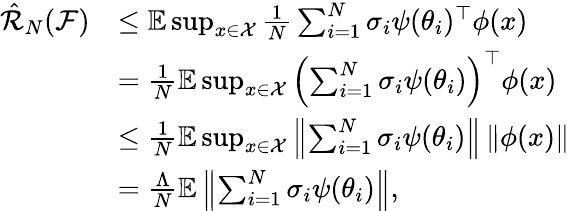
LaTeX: \begin{array}{rl}{\hat{\mathcal{R}}_{N}(\mathcal{F})}&{\leq\mathbb{E}\operatorname*{sup}_{x\in\mathcal{X}}\frac{1}{N}\sum_{i=1}^{N}\sigma_{i}\psi(\theta_{i})^{\top}\phi(x)}\\ &{=\frac{1}{N}\mathbb{E}\operatorname*{sup}_{x\in\mathcal{X}}\left(\sum_{i=1}^{N}\sigma_{i}\psi(\theta_{i})\right)^{\top}\phi(x)}\\ &{\leq\frac{1}{N}\mathbb{E}\operatorname*{sup}_{x\in\mathcal{X}}\left\| \sum_{i=1}^{N}\sigma_{i}\psi(\theta_{i})\right\| \, \| \phi(x)\| }\\ &{=\frac{\Lambda}{N}\mathbb{E}\left\| \sum_{i=1}^{N}\sigma_{i}\psi(\theta_{i})\right\| ,}\end{array}